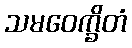
သမဝေက္ခိတံ